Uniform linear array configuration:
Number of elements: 64
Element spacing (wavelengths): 0.25
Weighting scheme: cosine
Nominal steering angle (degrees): -60
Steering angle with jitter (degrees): -58.976
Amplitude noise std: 0.05
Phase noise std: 0.05

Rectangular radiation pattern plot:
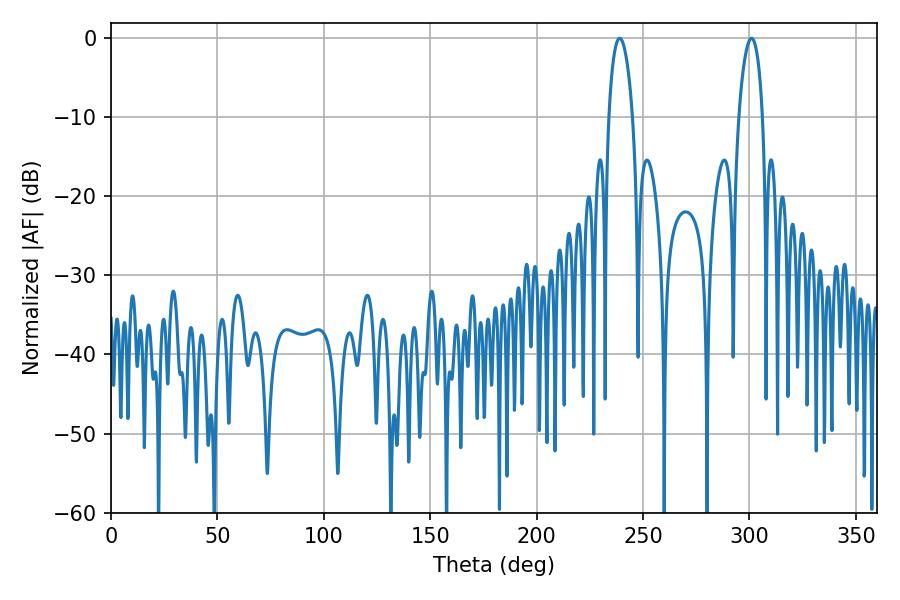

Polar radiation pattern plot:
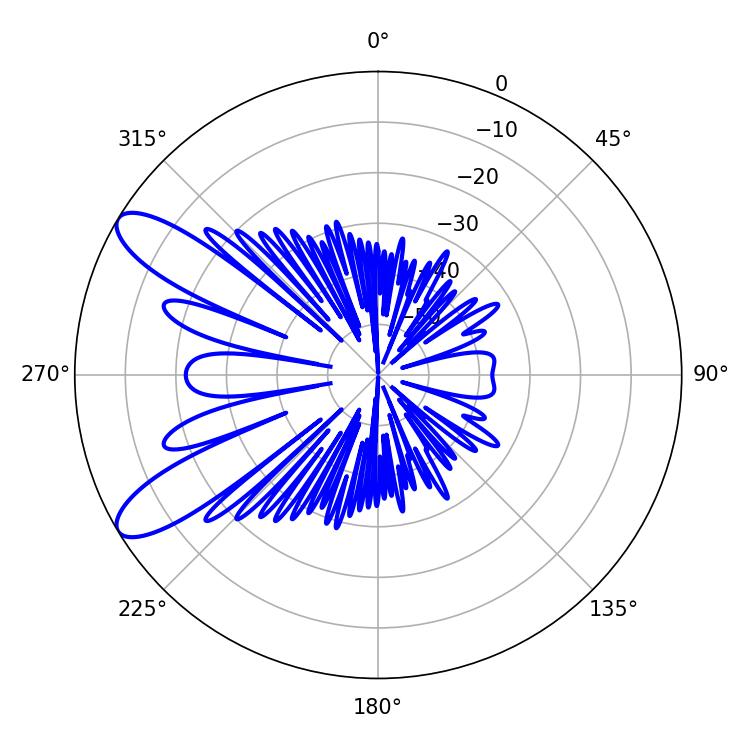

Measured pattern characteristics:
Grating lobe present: FALSE
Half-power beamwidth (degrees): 6.3
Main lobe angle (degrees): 239.04